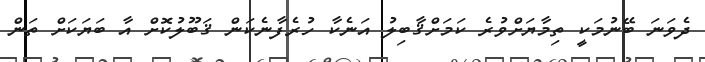
ދެވަނަ ބޭނުމަކީ ތިމާޔަށްވުރެ ކަމަށްޤާބިލު އަނެކާ ހުރެފާނެކަން ޤަބޫލުކޮށް އާ ބަޔަކަށް ތަން